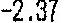
-2.37